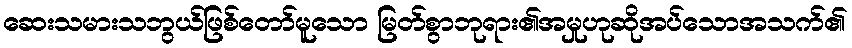
ဆေးသမားသဘွယ်ဖြစ်တော်မူသော မြတ်စွာဘုရား၏အမှုဟုဆိုအပ်သောအသက်၏